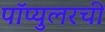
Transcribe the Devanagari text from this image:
पॉप्युलरची